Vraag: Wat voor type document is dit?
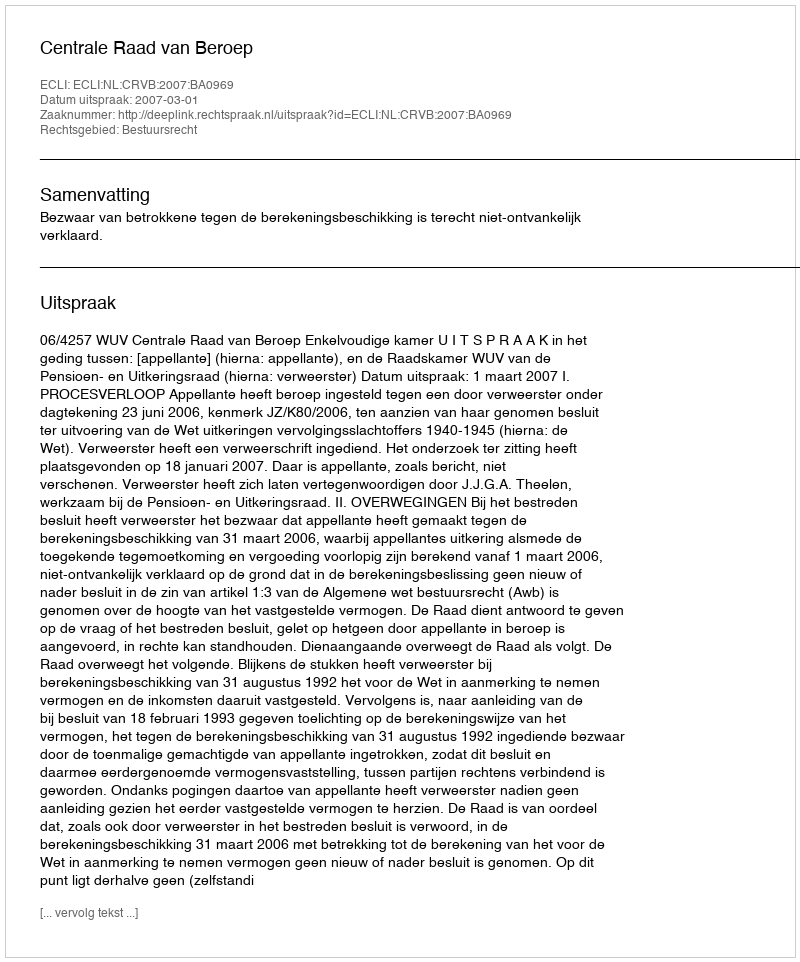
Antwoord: Uitspraak